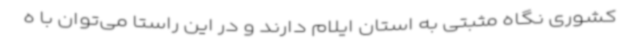
کشوری نگاه مثبتی به استان ایلام دارند و در این راستا می‌توان با ه